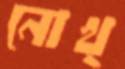
নোখ্